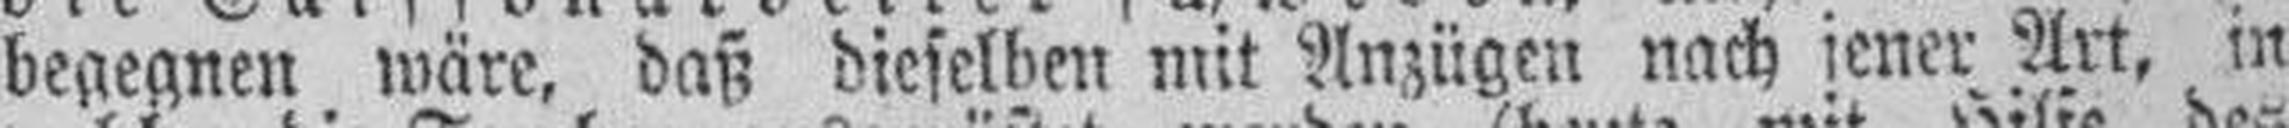
begegnen wäre, daß dieselben mit Anzügen nach jener Art, in